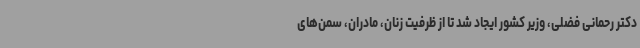
دکتر رحمانی فضلی، وزیر کشور ایجاد شد تا از ظرفیت زنان، مادران، سمن‌های